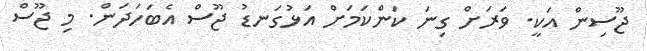
ޖޫސިން އަކީ. ވަރަށް ގިނަ ކަންކަމަށް އަޅުގަނޑު ޖޫސް އެބަހަދަން. މި ޖޫސް